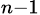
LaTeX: _{n-1}